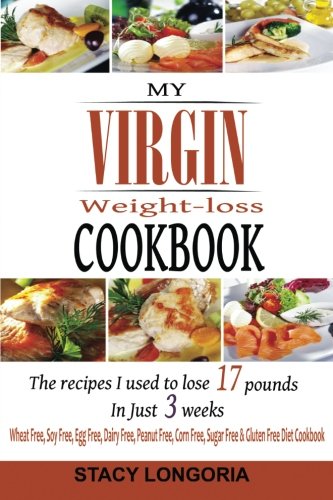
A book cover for My Virgin Weight Loss Cookbook: The Recipes I Used To Lose 17 Pounds in 3 Weeks (A Wheat Free, Soy Free, Egg Free, Dairy Free, Peanut Free, Corn Free, Sugar Free & Gluten Free Diet Cookbook); Stacy Longoria; Cookbooks, Food & Wine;